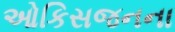
ઓકિસજનના